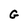
Character: G